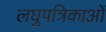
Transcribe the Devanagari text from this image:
लघुपत्रिकाओं